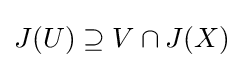
J(U)\supseteq V\cap J(X)